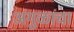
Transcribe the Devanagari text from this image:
अंगुळांचा